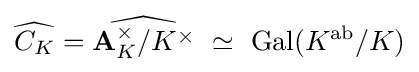
{\widehat {C_{K}}}={\widehat {\mathbf {A} _{K}^{\times }/K^{\times }}}\ \simeq \ {\text{Gal}}(K^{\text{ab}}/K)